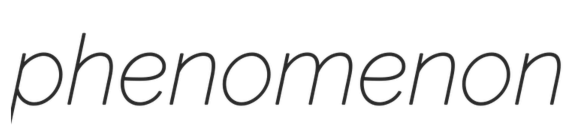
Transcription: phenomenon